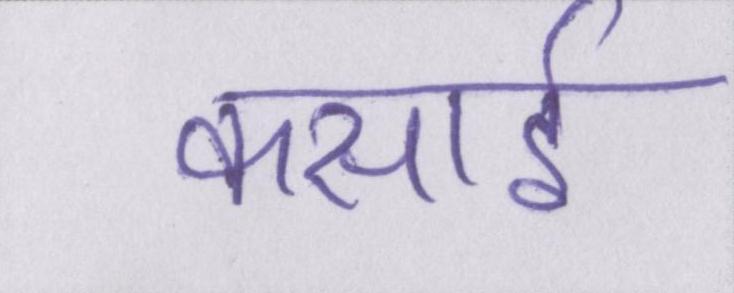
कसाई